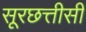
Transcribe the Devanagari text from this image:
सूरछत्तीसी